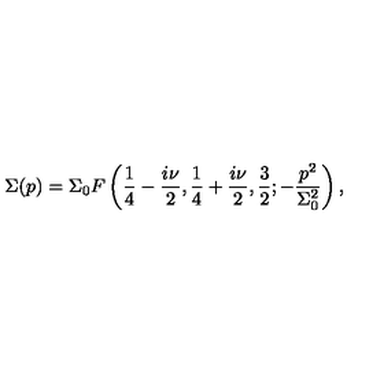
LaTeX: \Sigma ( p ) = \Sigma _ { 0 } F \left( { \frac { 1 } { 4 } } - { \frac { i \nu } { 2 } } , { \frac { 1 } { 4 } } + { \frac { i \nu } { 2 } } , { \frac { 3 } { 2 } } ; - \frac { p ^ { 2 } } { \Sigma _ { 0 } ^ { 2 } } \right) ,